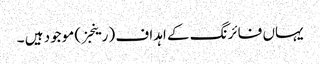
یہاں فائرنگ کے اہداف (رینجز) موجود ہیں ۔